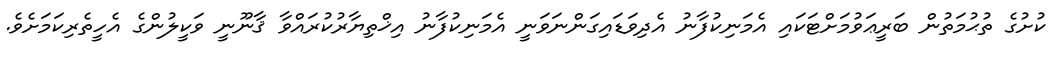
ކުށުގެ ތުޙުމަތުން ބަރީޢަވުމަށްޓަކައި އެމަނިކުފާނު އެދިވަޑައިގަންނަވަނީ އެމަނިކުފާނު އިޚްތިޔާރުކުރައްވާ ޤާނޫނީ ވަކީލުންގެ އެހީތެރިކަމަށެވެ.